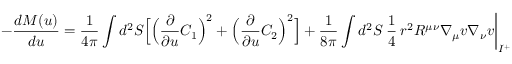
- \frac { d M ( u ) } { d u } = \frac { 1 } { 4 \pi } \int d ^ { 2 } { \cal S } \Bigl [ \Bigl ( \frac { \partial } { \partial u } C _ { 1 } \Bigr ) ^ { 2 } + \Bigl ( \frac { \partial } { \partial u } C _ { 2 } \Bigr ) ^ { 2 } \Bigr ] + \frac { 1 } { 8 \pi } \int d ^ { 2 } { \cal S } \: \frac { 1 } { 4 } \: r ^ { 2 } R ^ { \mu \nu } \nabla _ { \mu } v \nabla _ { \nu } v \biggl | _ { { \cal I } ^ { + } }